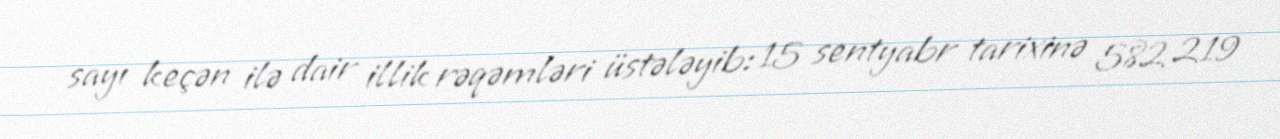
sayı keçən ilə dair illik rəqəmləri üstələyib: 15 sentyabr tarixinə 582 219